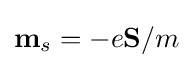
\mathbf {m} _{s}=-e\mathbf {S} /m